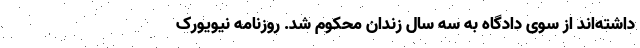
داشته‌اند از سوی دادگاه به سه سال زندان محکوم شد. روزنامه نیویورک